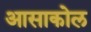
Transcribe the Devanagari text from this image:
आसाकोल